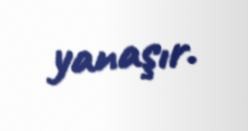
yanaşır.